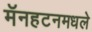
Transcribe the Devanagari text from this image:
मॅनहटनमधले